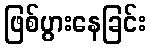
ဖြစ်ပွားနေခြင်း